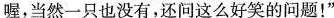
喔，当然一只也没有，还问这么好笑的问题！”